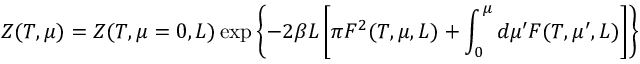
Z ( T , \mu ) = Z ( T , \mu = 0 , L ) \exp \left\{ - 2 \beta L \left[ \pi F ^ { 2 } ( T , \mu , L ) + \int _ { 0 } ^ { \mu } d \mu ^ { \prime } F ( T , \mu ^ { \prime } , L ) \right] \right\}